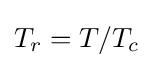
T_{r}=T/T_{c}